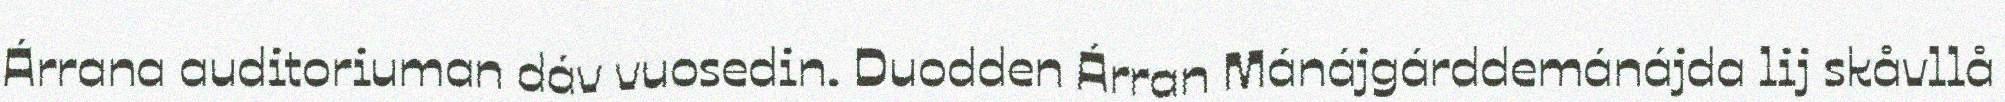
Árrana auditoriuman dáv vuosedin. Duodden Árran Mánájgárddemánájda lij skåvllå